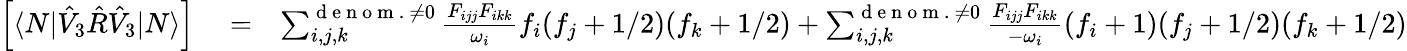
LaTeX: \begin{array}{rlr}{\left[\langle N|\hat{V}_{3}\hat{R}\hat{V}_{3}|N\rangle\right]}&{{}=}&{\sum_{i,j,k}^{{\mathrm{~d~e~n~o~m~.~}\neq 0}}\frac{{F}_{ijj}{F}_{ikk}}{\omega_{i}}f_{i}(f_{j}+1/2)(f_{k}+1/2)+\sum_{i,j,k}^{{\mathrm{~d~e~n~o~m~.~}\neq 0}}\frac{{F}_{ijj}{F}_{ikk}}{-\omega_{i}}(f_{i}+1)(f_{j}+1/2)(f_{k}+1/2)}\end{array}